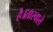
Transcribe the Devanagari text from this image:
है।तारवाले